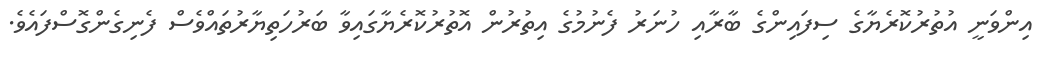
އިންވަނީ އުތުރުކޮރެޔާގެ ސިފައިންގެ ބާރާއި ހުނަރު ފެނުމުގެ އިތުރުން އޮތުރުކޮރެޔާގައިވާ ބަރުހަތިޔާރުތައްވެސް ފެނިގެންގޮސްފައެވެ.